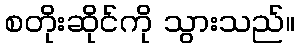
စတိုးဆိုင်ကို သွားသည်။